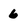
Character: 6